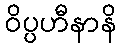
ဝိပ္ပဟီနာနိ